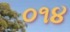
૦૧૪